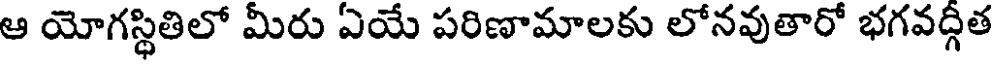
ఆ యోగస్థితిలో మీరు ఏయే పరిణామాలకు లోనవుతారో భగవద్గీత